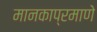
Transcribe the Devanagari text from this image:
मानकाप्रमाणे